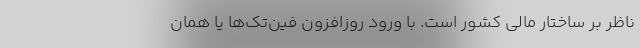
ناظر بر ساختار مالی کشور است. با ورود روزافزون فین‌تک‌ها یا همان